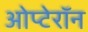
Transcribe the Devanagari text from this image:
ओप्टेरॉन